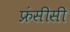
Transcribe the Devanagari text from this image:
फ्रंसीसी